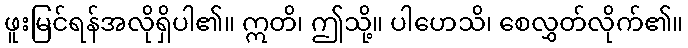
ဖူးမြင်ရန်အလိုရှိပါ၏။ ဣတိ၊ ဤသို့။ ပါဟေသိ၊ စေလွှတ်လိုက်၏။